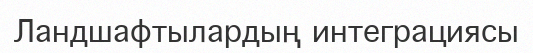
Ландшафтылардың интеграциясы